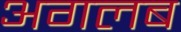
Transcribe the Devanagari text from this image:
अगलब